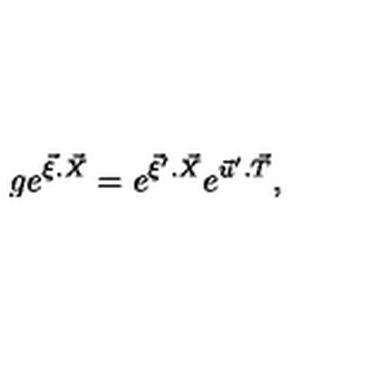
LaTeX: g e ^ { { \vec { \xi } } . { \vec { X } } } = e ^ { { \vec { \xi } } ^ { \prime } . { \vec { X } } } e ^ { { \vec { u } } ^ { \prime } . { \vec { T } } } ,